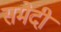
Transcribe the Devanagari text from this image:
समेदी